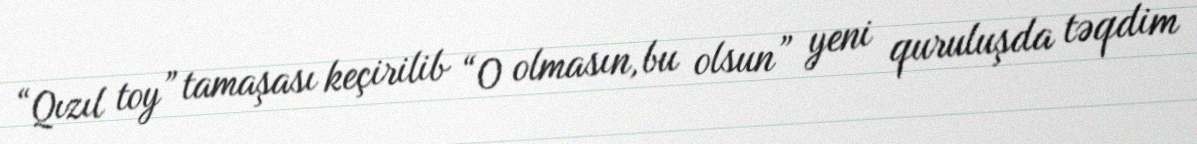
“Qızıl toy” tamaşası keçirilib “O olmasın, bu olsun” yeni quruluşda təqdim